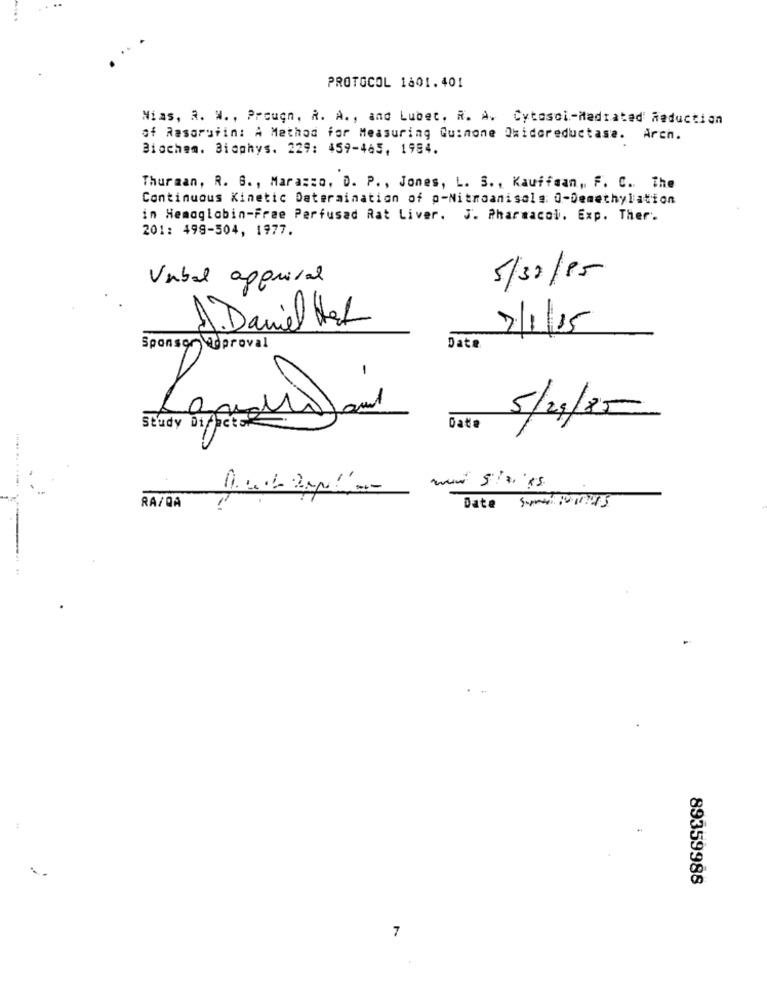
PROTOCOL 1601.401
Nias, R. W. , Prougn, R. A ., and Lubec, A. A. Cytosoi-Madrated Reduction
of Rasaruiin: A Method for Measuring Quinone Oxidoreductase. Arch.
Biochem. Biophys. 229: 459-465, 1984.
Thurman, R. G ., Marazzo, D. P ., Jones, L. S ., Kauffman, F. C ., The
Continuous Kinetic Datermination of p-Nitroanisals: 0-Demethylation
in Hemoglobin-Free Perfusad Rat Liver. J. Pharmacol. Exp. Ther.
201: 499-504, 1977.
5/32/15
Vabal apprisal
1. Daniel Hat
7/1/15
Sponsor Approval
Date
-
5/2/25
Study Difacts
Data
...... ......
Date Smal Pomeys
RA/QA
89359988
7